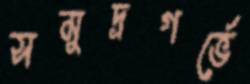
সমুদ্রগর্ভে